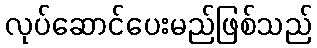
လုပ်ဆောင်ပေးမည်ဖြစ်သည်